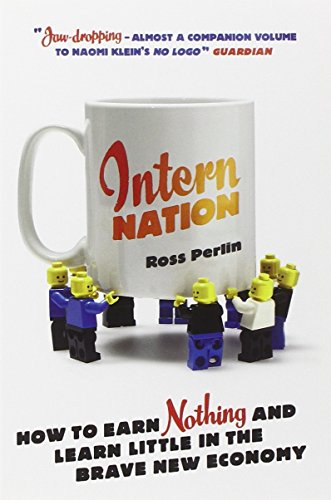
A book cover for Intern Nation: How to Earn Nothing and Learn Little in the Brave New Economy; Ross Perlin; Business & Money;